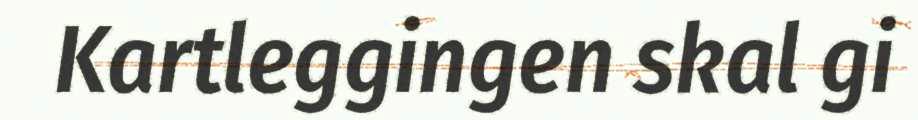
Kartleggingen skal gi